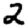
Digit: 2